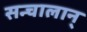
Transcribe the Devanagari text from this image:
सन्चालान्